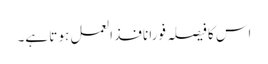
اس کا فیصلہ فورا نافذ العمل ہو تا ہے۔